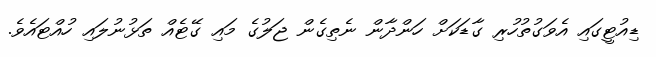
ޑިއުޓީގައި އެވަގުތުހުރި ގާޑަކަށް ހަންދާން ނެތިގެން ޖަލުގެ މައި ގޭޓެއް ތަޅުނުލައި ހުއްޓައެވެ.